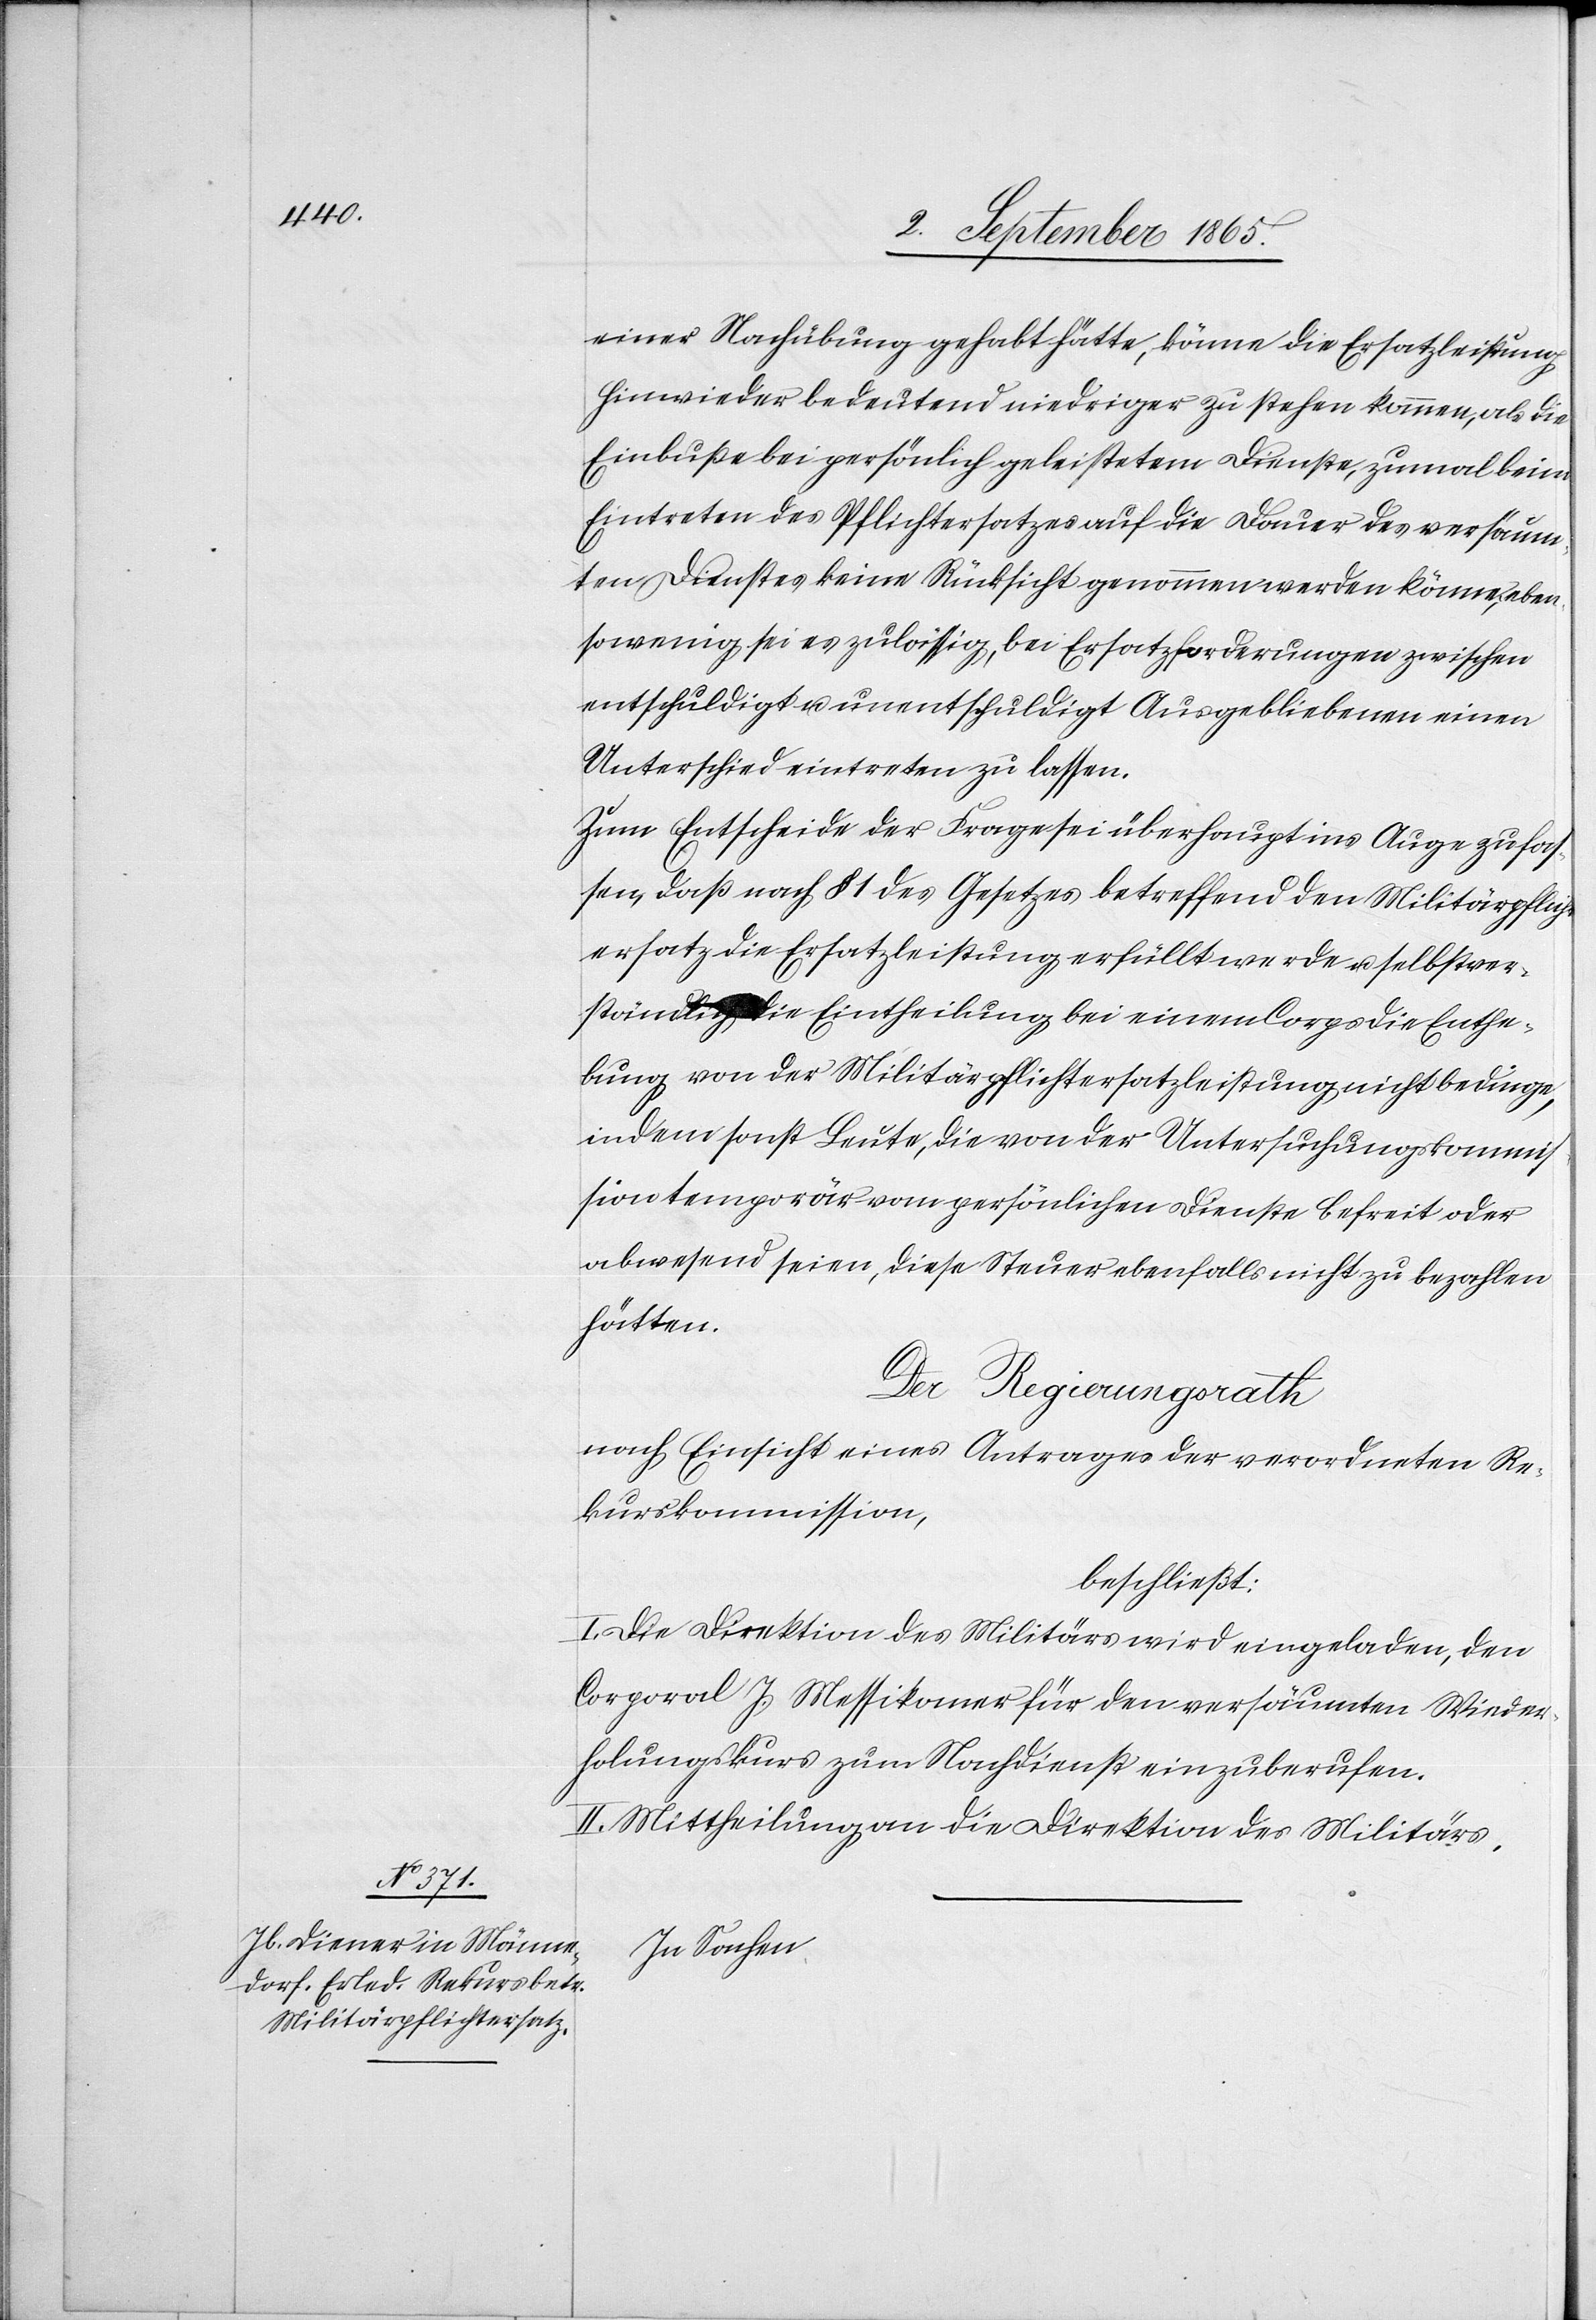
einer Nachübung gehabt hätte, könne die Ersatzleistung
hinwieder bedeutend niedriger zu stehen kommen, als die
Einbuße bei persönlich geleistetem Dienste, zumal beim
Eintreten des Pflichtersatzes auf die Dauer des versäum¬
ten Dienstes keine Rücksicht genommen werden könne, eben¬
sowenig sei es zulässig, bei Ersatzforderungen zwischen
entschuldigt u. unentschuldigt Ausgebliebenen einen
Unterschied eintreten zu lassen.
Zum Entscheide der Frage sei überhaupt ins Auge zu fas¬
sen, daß nach § 1 des Gesetzes betreffend den Militärpflicht¬
ersatz die Ersatzleistung erfüllt werde u. selbstver¬
ständlich die Eintheilung bei einem Corps die Enthe¬
bung von der Militärpflichtersatzleistung nicht bedinge,
indem sonst Leute, die von der Untersuchungskommis¬
sion vom persönlichen Dienste befreit oder
abwesend seien, diese Steuer ebenfalls nicht zu bezahlen
hätten.
Der Regierungsrath
nach Einsicht eines Antrages der verordneten Re¬
kurskommission,
beschließt:
I. Die Direktion des Militärs wird eingeladen, den
Corporal J. Messikomer für den versäumten Wieder¬
holungskurs zum Nachdienst einzuberufen.
II. Mittheilung an die Direktion des Militärs.
In Sachen